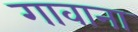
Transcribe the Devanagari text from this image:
गावाना